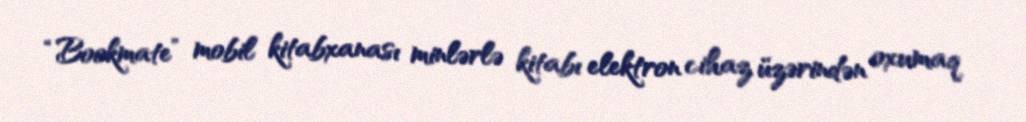
“Bookmate” mobil kitabxanası minlərlə kitabı elektron cihaz üzərindən oxumaq